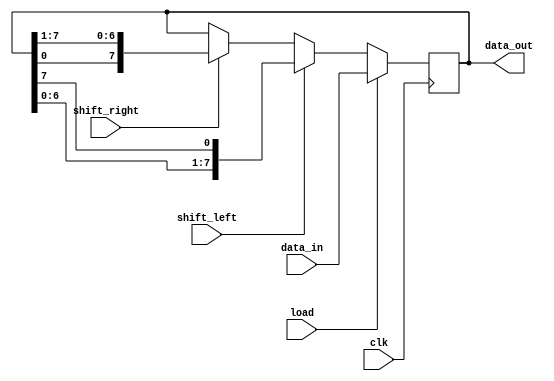
module shift_register #(parameter N = 8) (
    input wire clk,
    input wire load,
    input wire shift_left,
    input wire shift_right,
    input wire [N-1:0] data_in,
    output wire [N-1:0] data_out
);

reg [N-1:0] reg_array;

always @(posedge clk) begin
    if (load) begin
        reg_array <= data_in;
    end else begin
        if (shift_left) begin
            reg_array <= {reg_array[N-2:0], reg_array[N-1]};
        end else if (shift_right) begin
            reg_array <= {reg_array[0], reg_array[N-1:1]};
        end
    end
end

assign data_out = reg_array;

endmodule